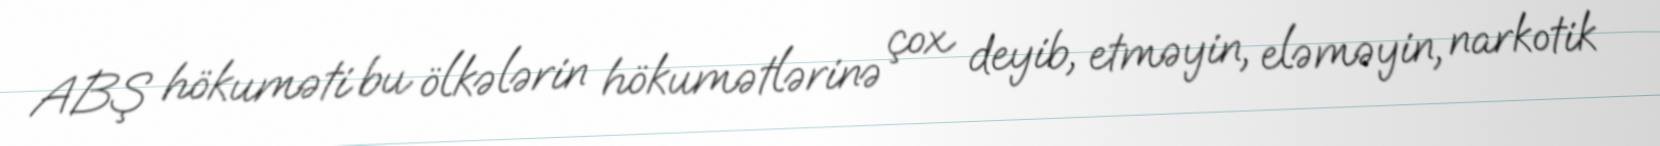
ABŞ hökuməti bu ölkələrin hökumətlərinə çox deyib, etməyin, eləməyin, narkotik